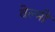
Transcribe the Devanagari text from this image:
वेल्मी